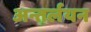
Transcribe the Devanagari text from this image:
अन्तर्लयन